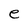
Character: e